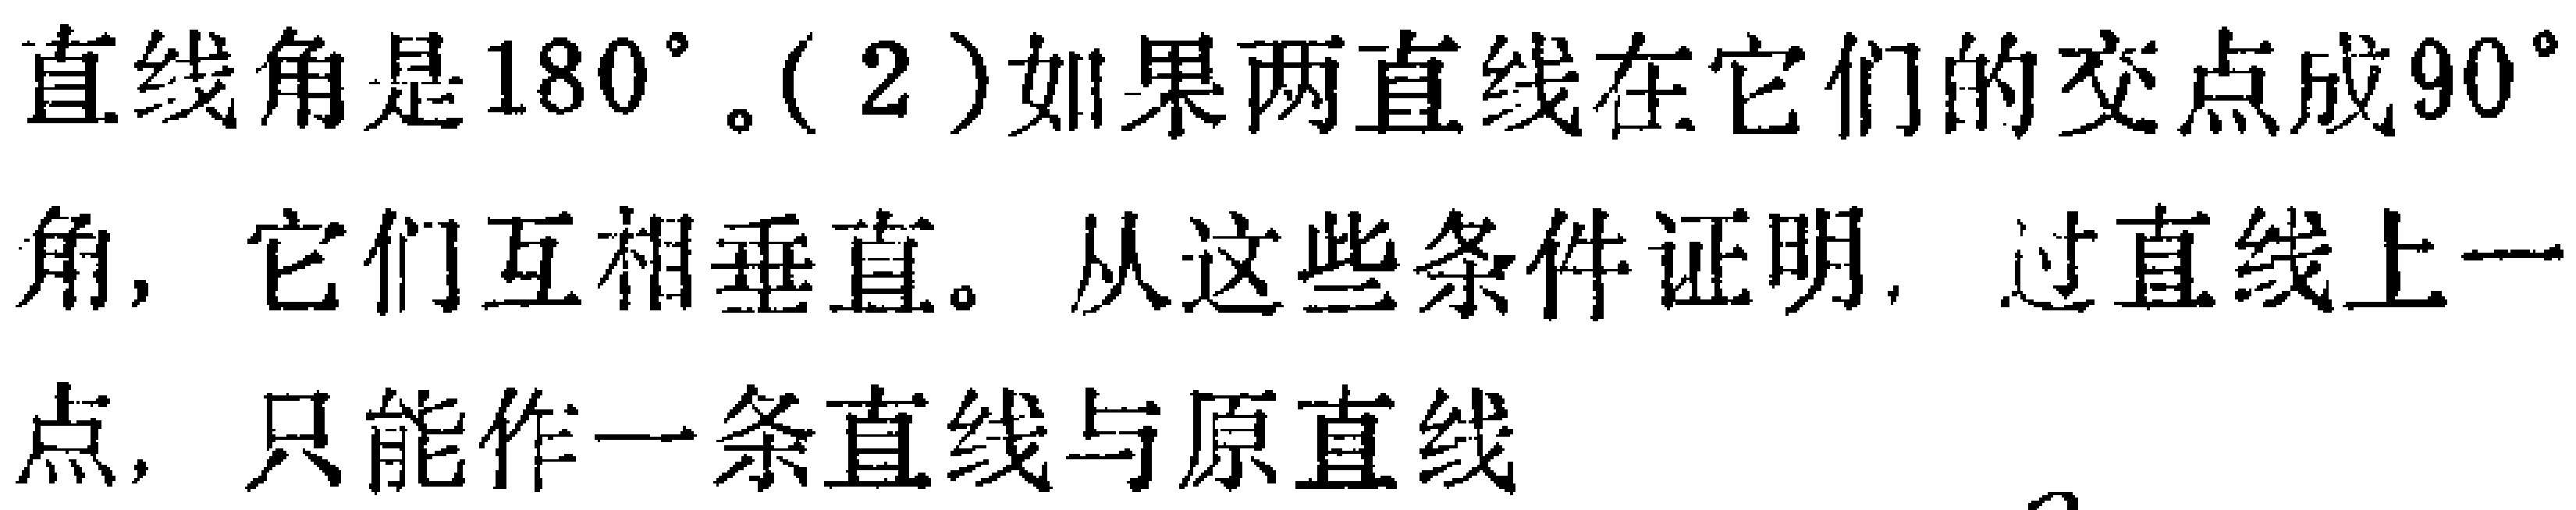
直线角是\(180^{\circ}\)。( 2 )如果两直线在它们的交点成\(90^{\circ}\)角，它们互相垂直。从这些条件证明，过直线上一点，只能作一条直线与原直线